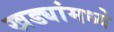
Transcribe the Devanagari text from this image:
खड्यांमध्ये